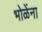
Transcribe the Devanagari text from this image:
भोळेंना